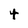
Character: t